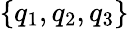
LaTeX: \{ q_{1},q_{2},q_{3}\}